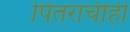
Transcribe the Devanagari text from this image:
पितरांचीही